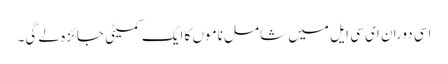
اسی دوران ای سی ایل میں شامل ناموں کا ایک کمیٹی جائزہ لے گی۔